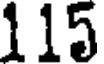
115